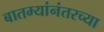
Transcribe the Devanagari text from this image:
बातम्यांनंतरच्या